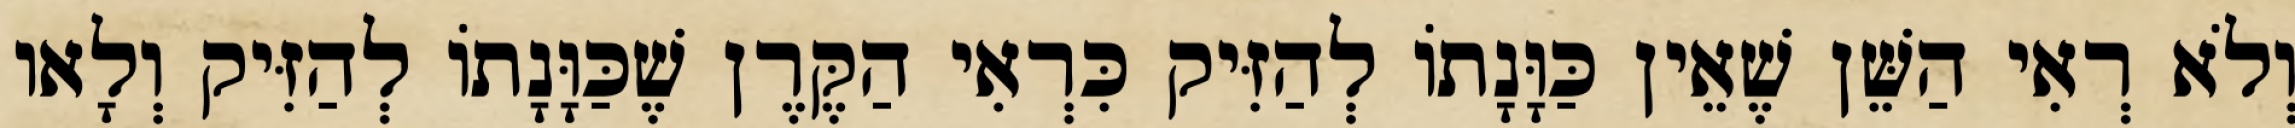
וְלֹא רְאִי הַשֵּׁן שֶׁאֵין כַּוָּנָתוֹ לְהַזִּיק כִּרְאִי הַקֶּרֶן שֶׁכַּוָּנָתוֹ לְהַזִּיק וְלָאו